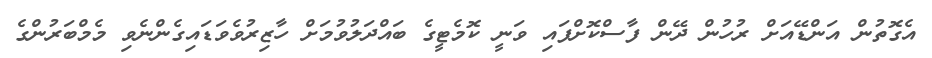
އެގޮތުން އަންޑޭއަށް ރުހުން ދޭން ފާސްކޮށްފައި ވަނީ ކޮމެޓީގެ ބައްދަލުވުމަށް ހާޒިރުވެވަޑައިގެންނެވި މެމްބަރުންގެ